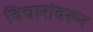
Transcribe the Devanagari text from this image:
विचारांवरून